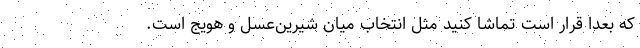
که بعداً قرار است تماشا کنید مثل انتخاب میان شیرین‌عسل و هویج است.